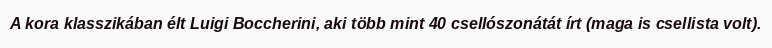
A kora klasszikában élt Luigi Boccherini, aki több mint 40 csellószonátát írt (maga is csellista volt).